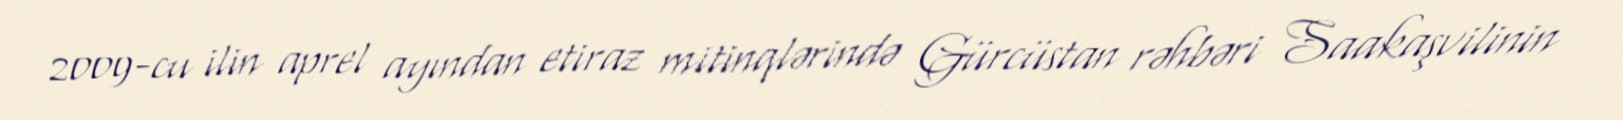
2009-cu ilin aprel ayından etiraz mitinqlərində Gürcüstan rəhbəri Saakaşvilinin